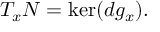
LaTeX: T _ { x } N = \ker ( d g _ { x } ) .